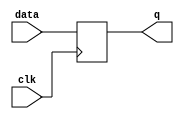
module level_sensitive_latch(
    input wire data,
    input wire clk,
    output reg q
);

always @(posedge clk) begin
    if(clk) begin
        q <= data;
    end
end

endmodule